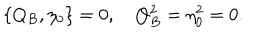
\{ Q _ { B } , \eta _ { 0 } \} = 0 , \quad Q _ { B } ^ { 2 } = \eta _ { 0 } ^ { 2 } = 0 .